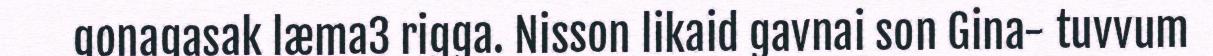
gonagasak læma3 rigga. Nisson likaid gavnai son Gina- tuvvum